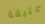
عتيقة